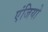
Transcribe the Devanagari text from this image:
एंजियो